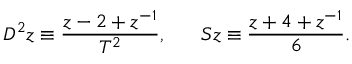
D ^ { 2 } z \equiv \frac { z - 2 + z ^ { - 1 } } { T ^ { 2 } } , \; \; \; \; \; \; S z \equiv \frac { z + 4 + z ^ { - 1 } } 6 .